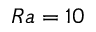
R a = 1 0